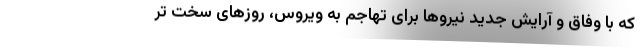
که با وفاق و آرایش جدید نیروها برای تهاجم به ویروس، روزهای سخت تر